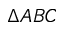
\Delta A B C